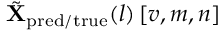
\tilde { \mathbf { X } } _ { \mathrm { p r e d / t r u e } } ( l ) \left[ v , m , n \right]